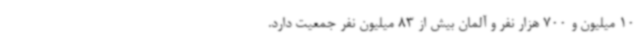
10 میلیون و 700 هزار نفر و آلمان بیش از 83 میلیون نفر جمعیت دارد.